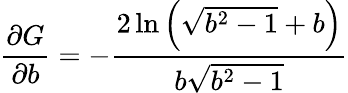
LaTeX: \frac{\partial G}{\partial b}=-\frac{2\ln\left(\sqrt{{{b}^{2}}-1}+b\right)}{b\sqrt{{{b}^{2}}-1}}